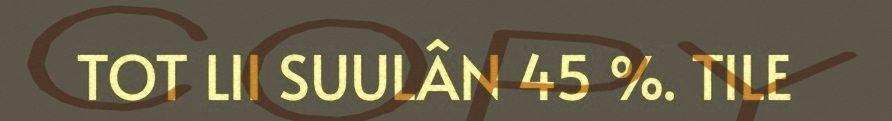
TOT LII SUULÂN 45 %. TILE